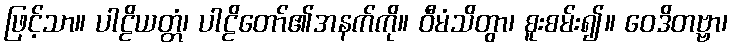
ဖြင့်သာ။ ပါဠိယတ္တံ၊ ပါဠိတော်၏အနက်ကို။ ဝီမံသိတွာ၊ စူးစမ်း၍။ ဝေဒိတဗ္ဗာ၊